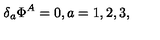
\delta _ { a } \Phi ^ { A } = 0 , a = 1 , 2 , 3 ,